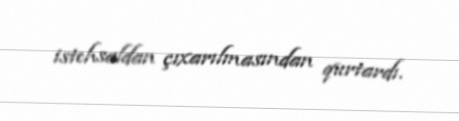
istehsaldan çıxarılmasından qurtardı.